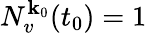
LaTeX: N_{v}^{\textbf{k}_{0}}(t_{0})=1